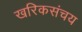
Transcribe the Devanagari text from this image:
खरिकसंचय